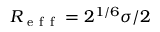
R _ { \mathrm { ~ e ~ f ~ f ~ } } = 2 ^ { 1 / 6 } \sigma / 2